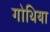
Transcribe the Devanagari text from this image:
गोथिया